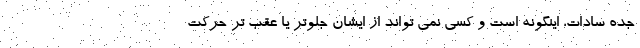
جده سادات، اینگونه است و کسی نمی تواند از ایشان جلوتر یا عقب تر حرکت